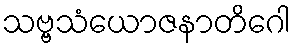
သဗ္ဗသံယောဇနာတိဂေါ